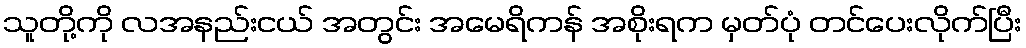
သူတို့ကို လအနည်းငယ် အတွင်း အမေရိကန် အစိုးရက မှတ်ပုံ တင်ပေးလိုက်ပြီး